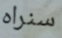
سنراه